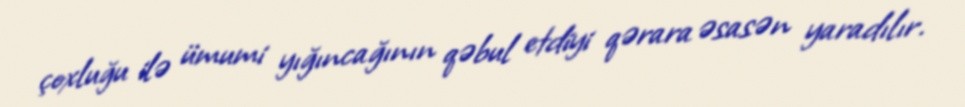
çoxluğu ilə ümumi yığıncağının qəbul etdiyi qərara əsasən yaradılır.